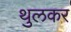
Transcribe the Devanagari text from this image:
थुलकर